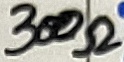
Text: 300Ω